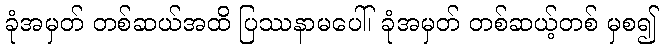
ခုံအမှတ် တစ်ဆယ်အထိ ပြဿနာမပေါ်၊ ခုံအမှတ် တစ်ဆယ့်တစ် မှစ၍